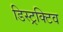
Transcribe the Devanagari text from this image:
डिस्ट्रक्टिव